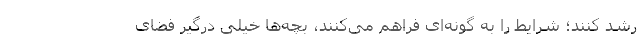
رشد کنند؛ شرایط را به گونه‌ای فراهم می‌کنند، بچه‌ها خیلی درگیر فضای